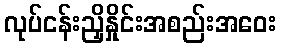
လုပ်ငန်းညှိနှိုင်းအစည်းအဝေး